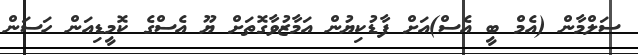
ސަލްމާން (އެމް ބީ އެސް)އަށް ފާޑުކިޔުން އަމާޒުވާގޮތަށް ޔޫ އެސްގެ ކޮމީޑިއަން ހަސަން